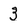
Character: 3